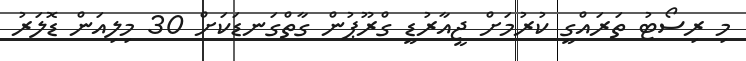
މި ރިސޯޓު ތަރައްގީ ކުރުމަށް ޖީއާރުޑީ ގްރޫޕުން ގާތްގަނޑަކަށް 30 މިލިއަން ޑޮލަރު